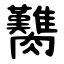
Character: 臡